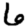
Digit: 6